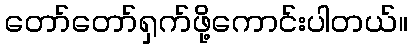
တော်တော်ရှက်ဖို့ကောင်းပါတယ်။